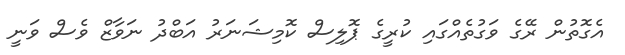
އެގޮތުން ރޭގެ ވަގުތެއްގައި ކުރީގެ ޕޮލިސް ކޮމިޝަނަރު އަބްދު ނަވާޒް ވެސް ވަނީ